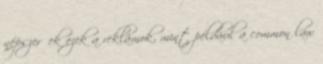
népszerűek ezek a reklámok, mint például a common law